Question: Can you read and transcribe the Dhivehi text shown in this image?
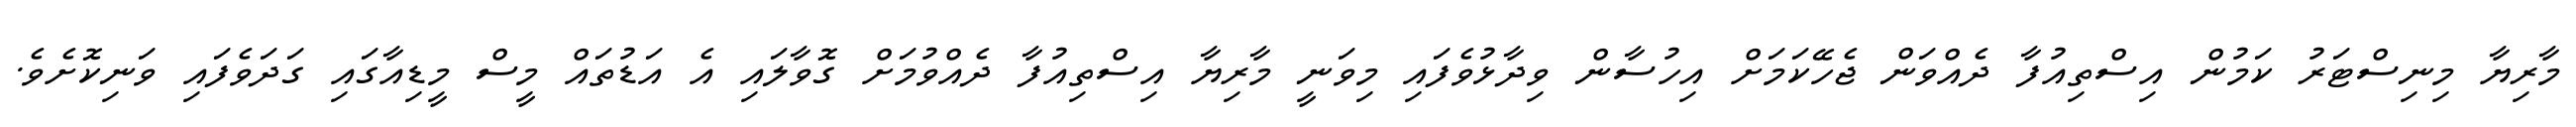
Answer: މާރިޔާ މިނިސްޓަރު ކަމުން އިސްތިއުފާ ދެއްވަން ޖެހޭކަމަށް އިހުސާން ވިދާޅުވެފައި މިވަނީ މާރިޔާ އިސްތިއުފާ ދެއްވުމަށް ގޮވާލައި އެ އަޑުތައް މީސް މީޑިއާގައި ގަދަވެފައި ވަނިކޮށެވެ.